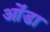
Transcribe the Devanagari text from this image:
ओंडा